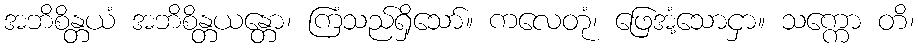
အဘိစိန္တယံ အဘိစိန္တယန္တော၊ ကြံသည်ရှိသော်။ ကလေတုံ၊ ဖြေအံ့သောငှာ။ သက္ကော တိ၊